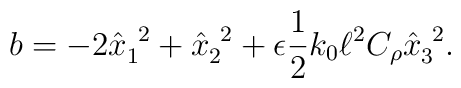
b = -2 \hat{x}_{1}^{~2} + \hat{x}_{2}^{~2} + \epsilon \frac{1}{2} k_{0}    \ell^{2} C_{\rho} \hat{x}_{3}^{~2}.